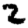
Digit: 2